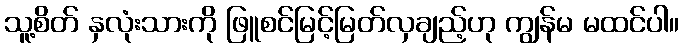
သူ့စိတ် နှလုံးသားကို ဖြူစင်မြင့်မြတ်လှချည့်ဟု ကျွန်မ မထင်ပါ။